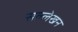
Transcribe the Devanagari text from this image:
सल्लेखन